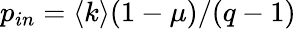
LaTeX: p_{in}=\langle k\rangle(1-\mu)/(q-1)